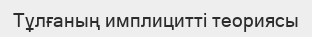
Тұлғаның имплицитті теориясы